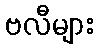
ဗလီများ